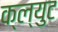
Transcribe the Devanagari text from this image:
क्ल्युट